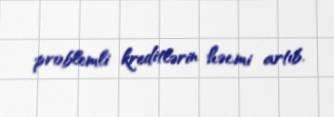
problemli kreditlərin həcmi artıb.